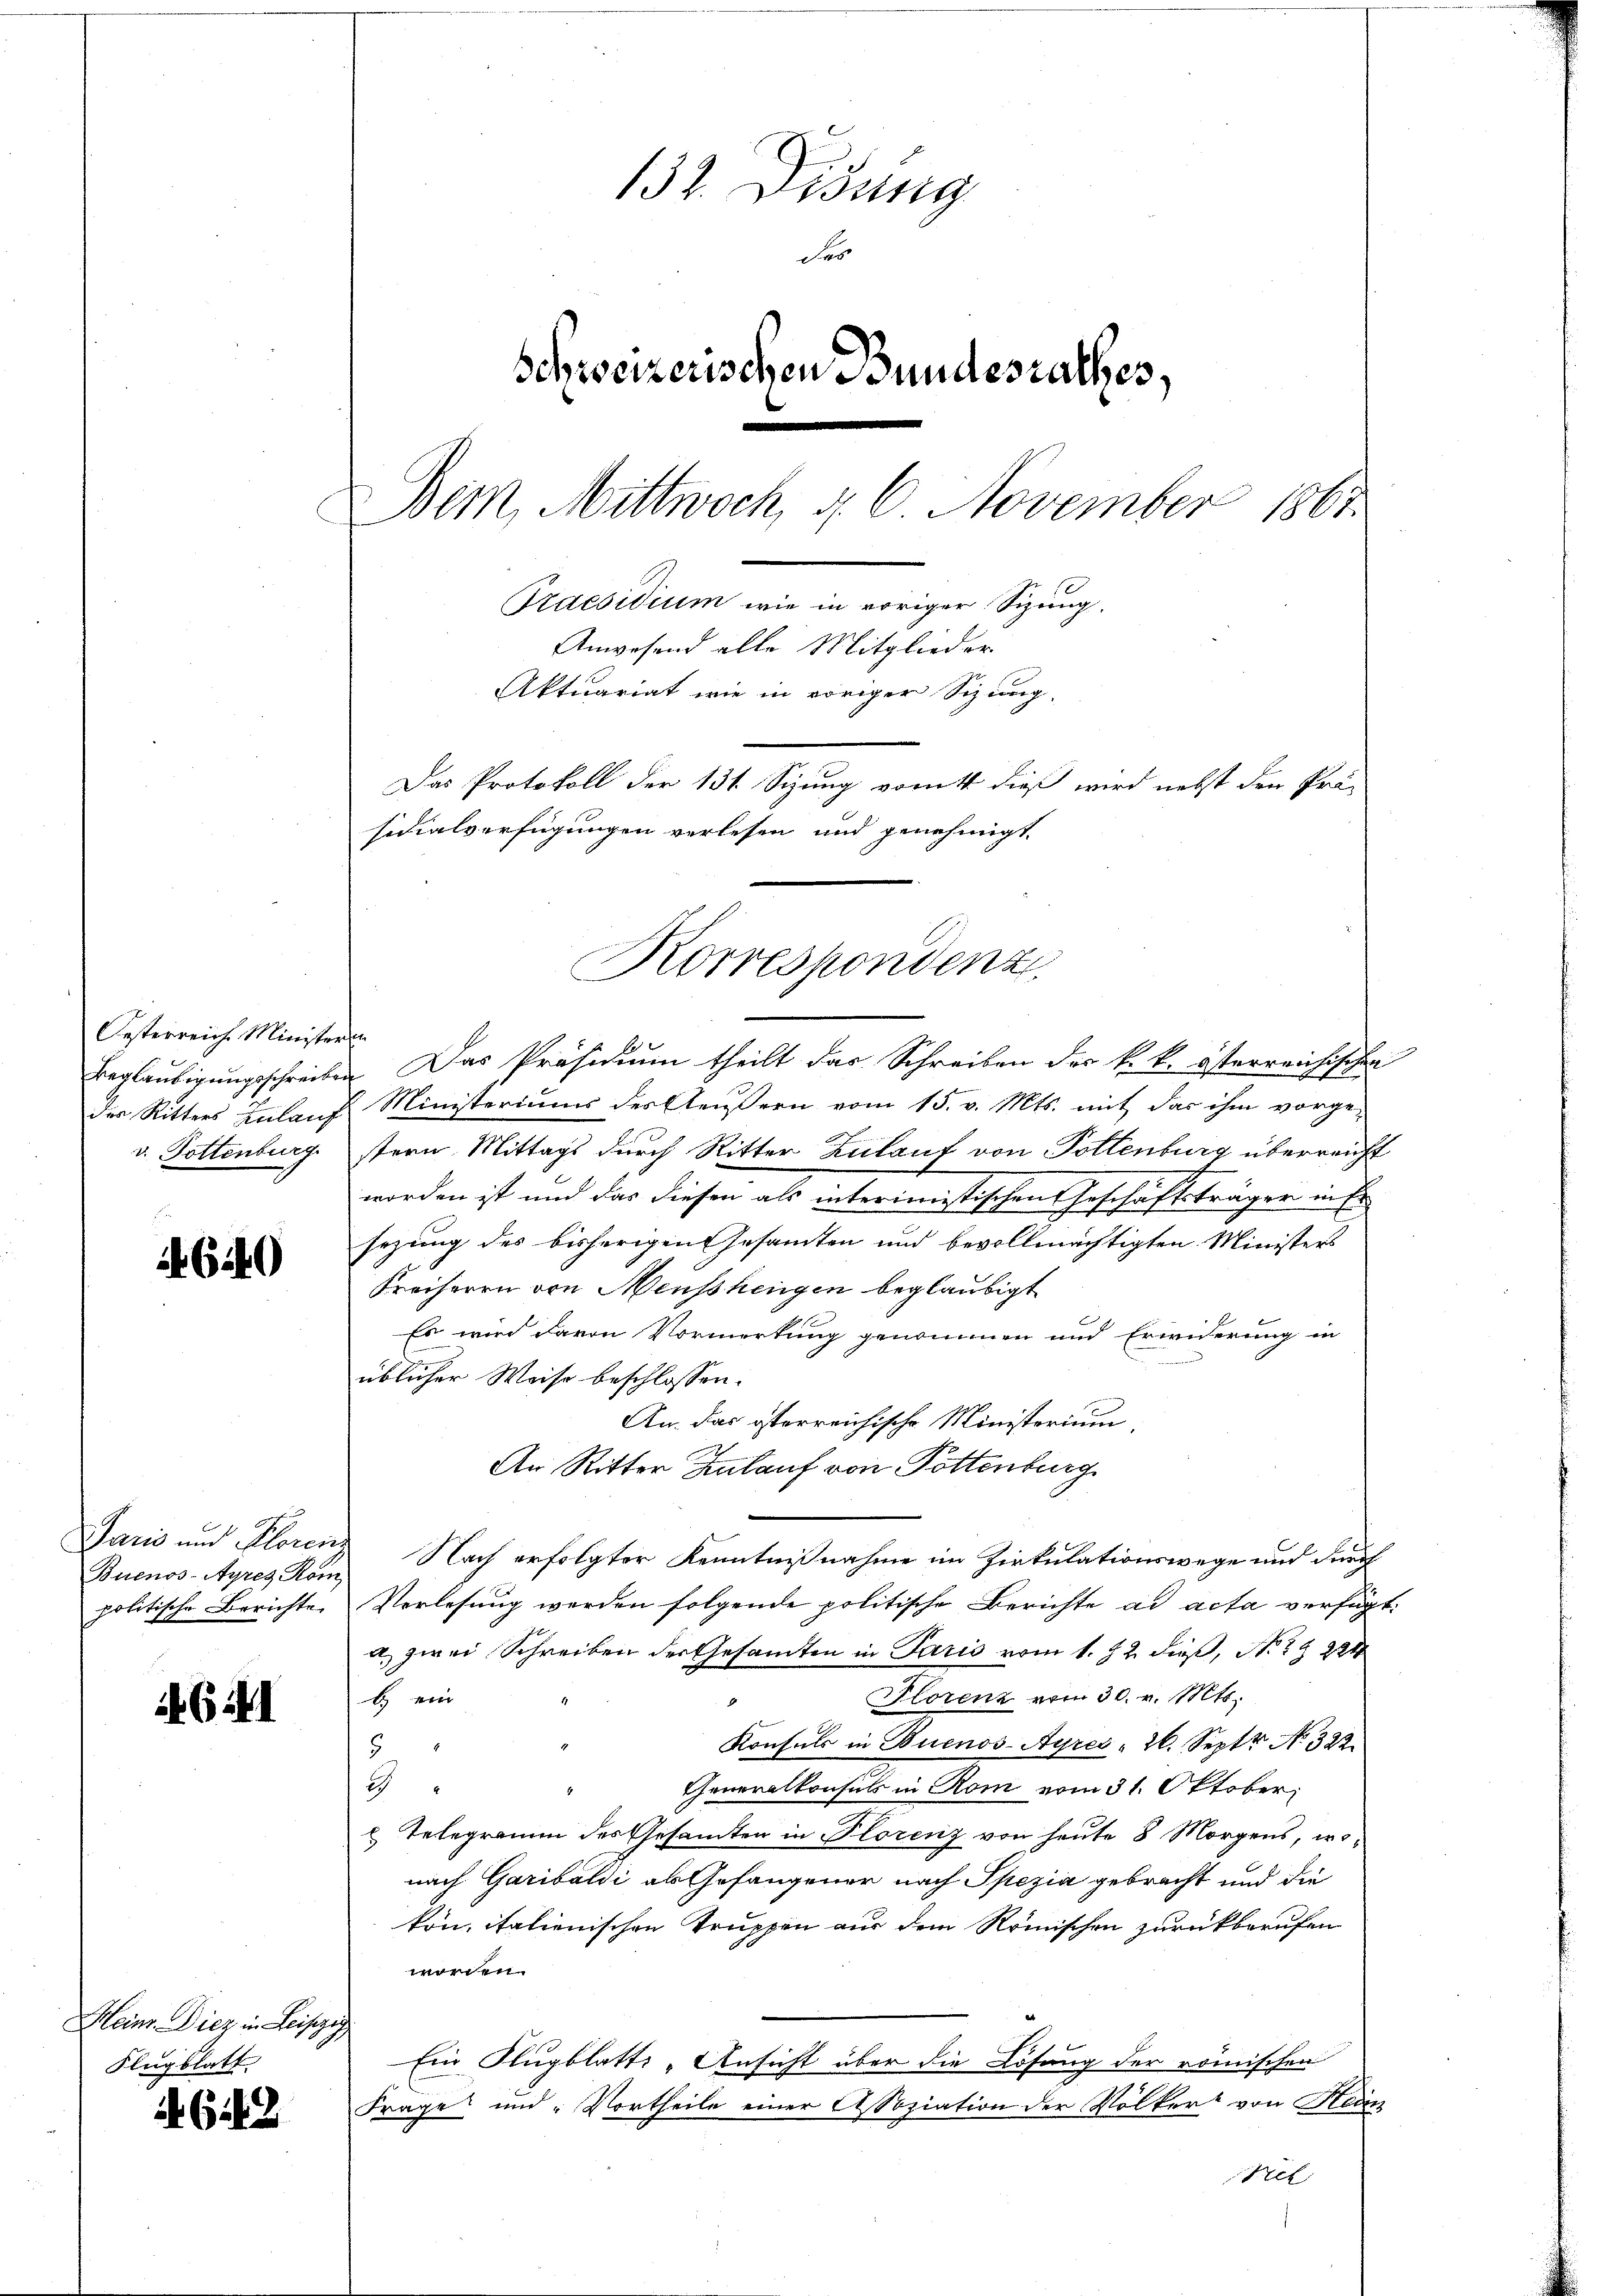
Oesterreich. Ministrenn
v. Gottenburg.

4640

Buenos-Ayres Kom

if. 614

Mein Diez in Leipzig
Flugblatt

6142

132. Disung
Fes
Schweizerischen Bundesrathes,
Dem, Mittwoch, d. 6. November 1861
Praesidium wie in voriger Sizung.
Anwesend alle Mitglieder
Aktuariat wie in voriger Sizung
Das Protokoll der 131 Sizung vom 4. dieß wird nebst den Prä-
sidialverfügungen verlesen und genehmigt.

Korrespondenz

Beglaŭbigŭngsschreiben. Das Präsidiŭm theilt das Schreiben der k. k. österreichischen
des Ritters Zulauf Ministeriums des Aeußern vom 15. v. Mts. mit das ihm vorge-
stern. Mittags durch Ritter Zulauf von Tollenburg überreicht
worden ist und das diesen als interimistischen Geschäftsträger in Er
sezung des bisherigen Gesammten und bevollmächtigten Ministers
Freiherrn von Menschengen beglaubigt
Es wird davon Vormerkung genommen und Erwiderung in
üblicher Weise beschlossen:
An. Das österreichische Ministerium,
An Ritter Zulauf von Tottenburg
Jaris und Florenz Nach erfolgter Kenntnißnahme im Zirkulationswege und durch
politische Berichte, Verlesung werden folgende politische Berichte ad acta verfügt:
a. zwei Schreiben der Gesamten in Paris vom 1. Zu dieß, No 2 § 224
Florenz vom 30. v. Mts.
b ein
Konsuls in Buenos-Ayres 26. Sept No. 322.
5
1
Generalkonsul in Rom vom 31. Oktober
 Telegramm des Gesamten in Florenz von heute 8 Morgens, wonach Garibaldi als Gefangener nach Spezia gebracht und die
kon, italienischen Truppen aus dem Römischen zurückberufen
worden.
Ein Flugblatti -Ansicht über die Lösung der römischen
Frage und „Vortheile einer Assoziation der Völkert von Heim
Tel